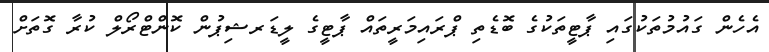
އެހެން ގައުމުތަކުގައި ޕާޓީތަކުގެ ބޮޑެތި ޕްރައިމަރީތައް ޕާޓީގެ ލީޑަރޝިޕުން ކޮންޓްރޯލް ކުރާ ގޮތަށް